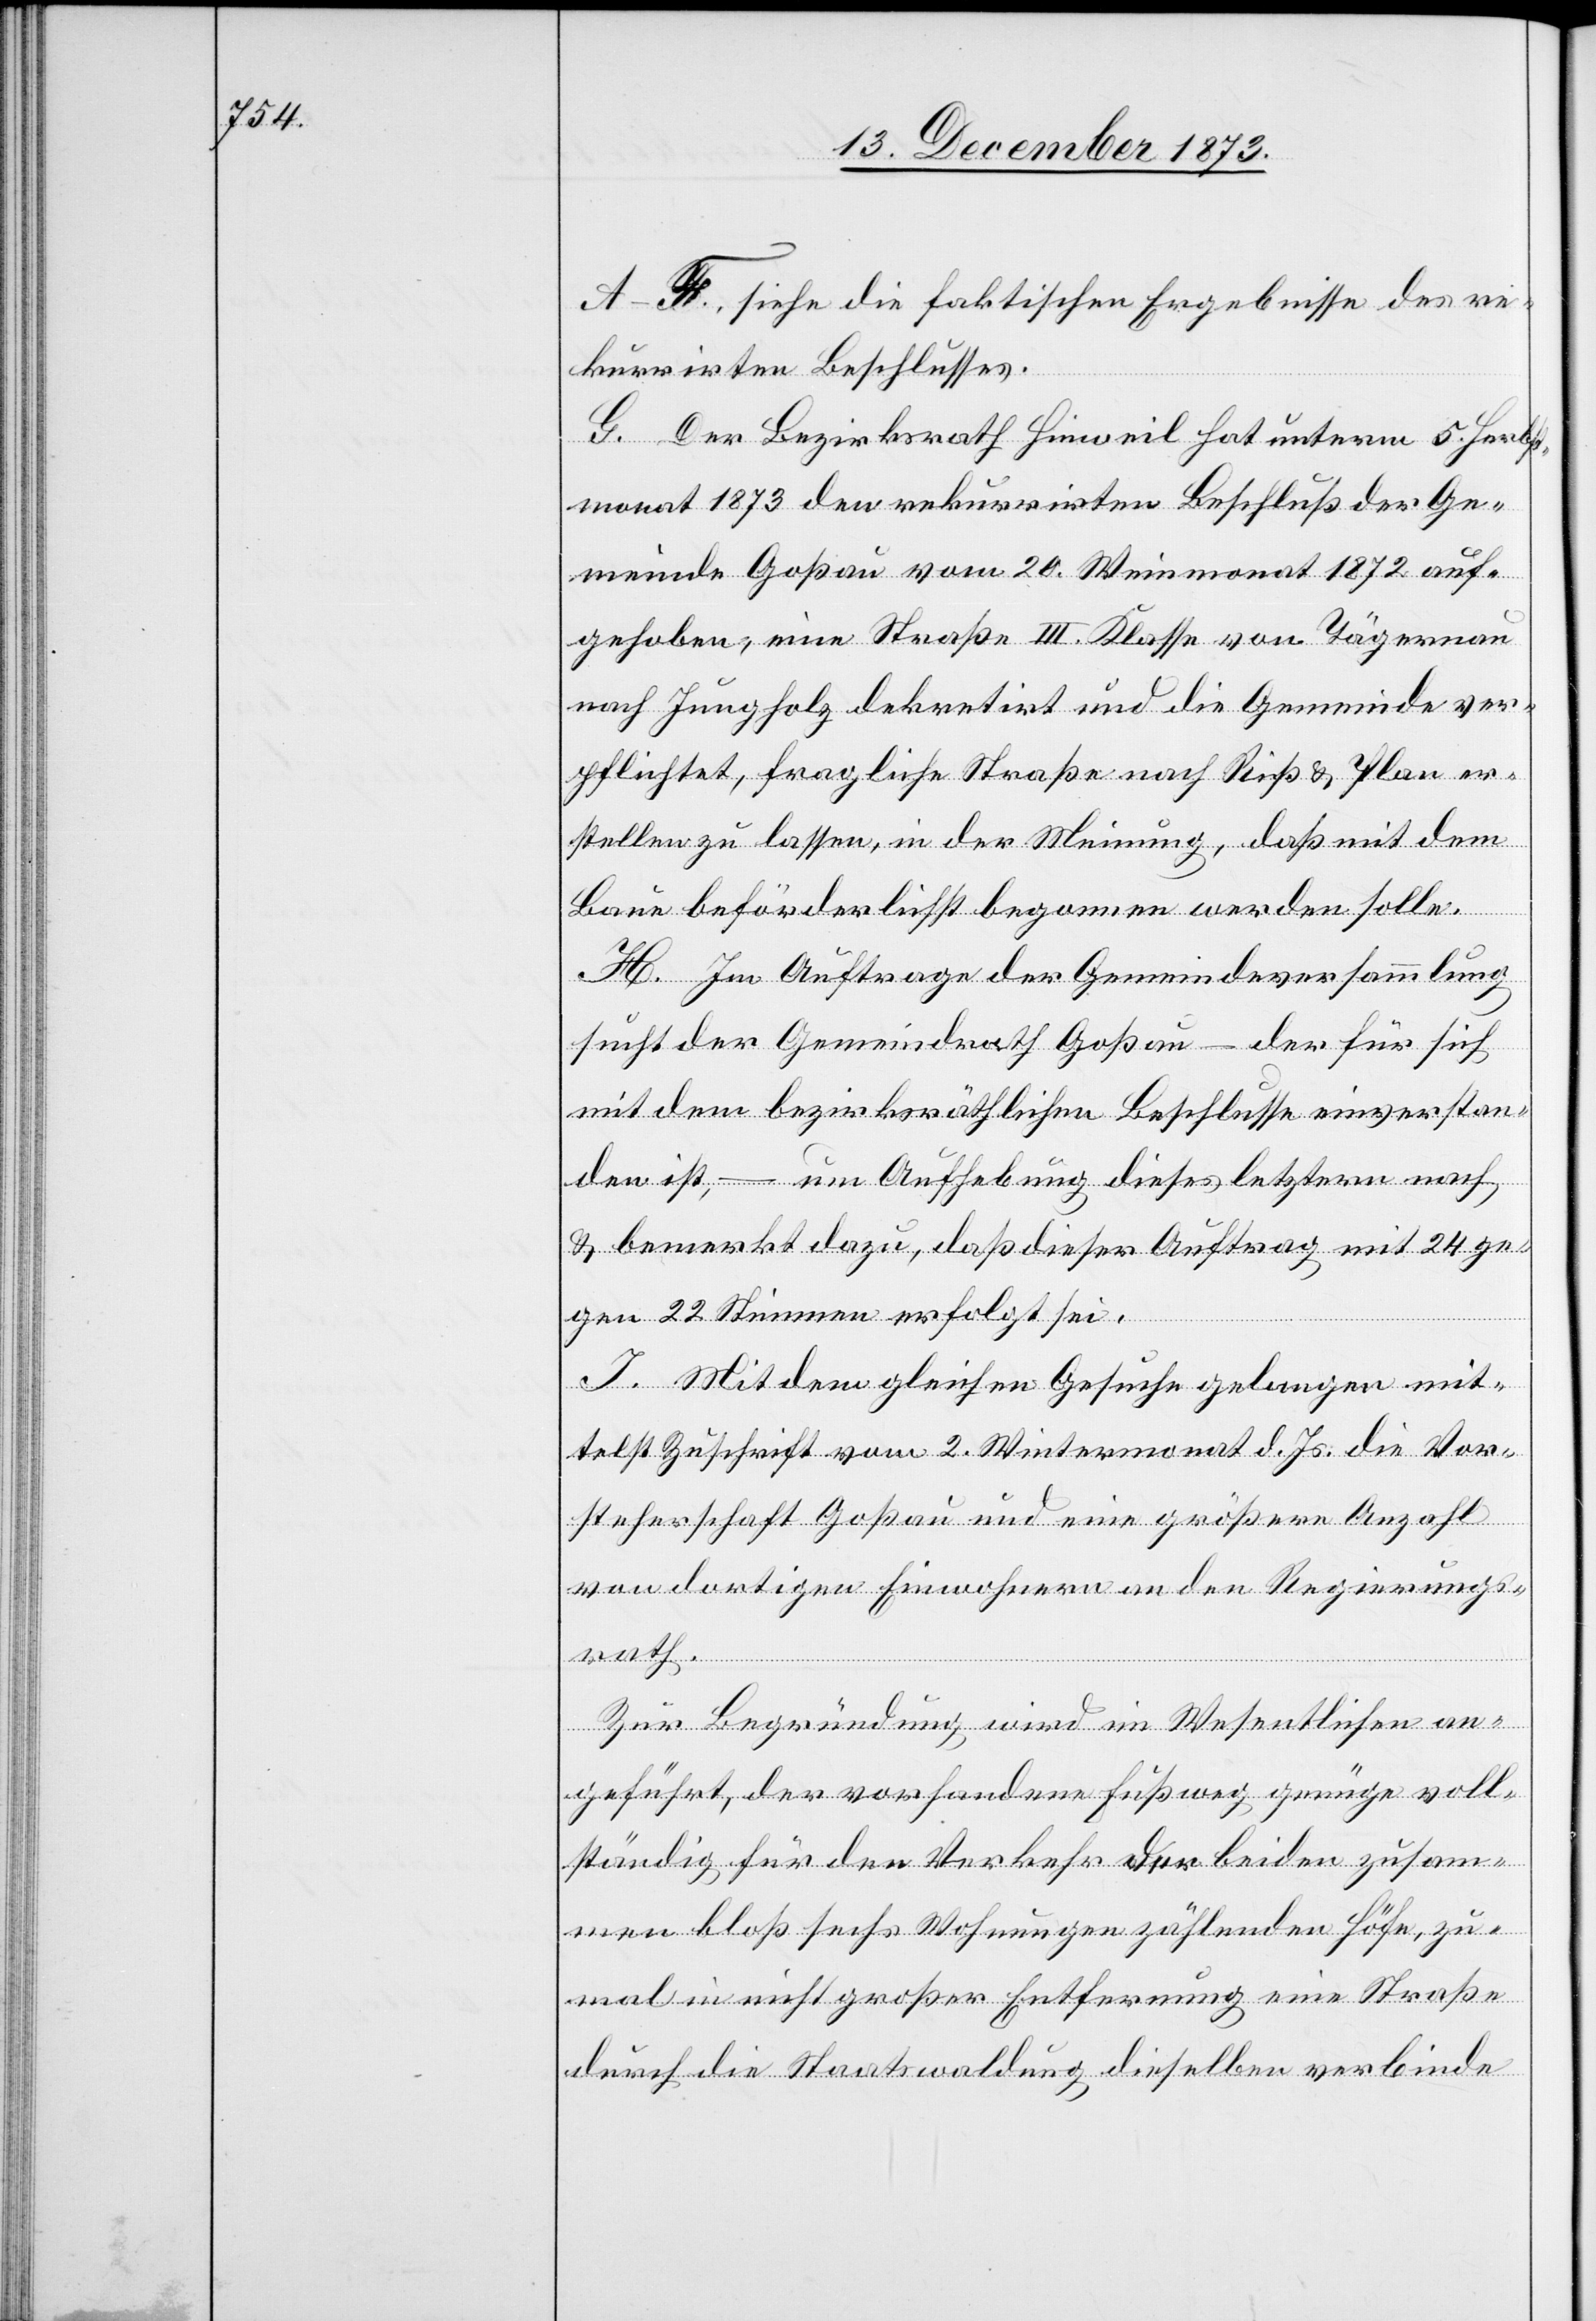
ath.

A–F., siehe die faktischen Ergebnisse des re¬
kurrirten Beschlusses.
G. Der Bezirksrath Hinweil hat unterm 5. Herbs¬
tmonat 1873 den rekurrirten Beschluß der Ge¬
meinde Goßau vom 20. Weinmonat 1872 auf¬
gehoben, eine Straße III. Klasse von Tägernau
nach Jungholz dekretirt und die Gemeinde ver¬
pflichtet, fragliche Straße nach Riß & Plan er¬
stellen zu lassen, in der Meinung, daß mit dem
Baue beförderlichst begonnen werden solle.
H. Im Auftrage der Gemeindeversammlung
sucht der Gemeindrath Goßau – der für sich
mit dem bezirksräthlichen Beschlusse einverstan¬
den ist, – um Aufhebung dieses letztern nach
& bemerkt dazu, daß dieser Auftrag mit 24 ge¬
gen 22 Stimmen erfolgt sei.
I. Mit dem gleichen Gesuche gelangen mit¬
telst Zuschrift vom 2. Wintermonat d. Js. die Vor¬
steherschaft Goßau und eine größere Anzahl
von dortigen Einwohnern an den Regierungsr¬
Zur Begründung wird im Wesentlichen an¬
geführt, der vorhandene Fußweg genüge voll¬
ständig für den Verkehr der beiden zusam¬
men bloß sechs Wohnungen zählenden Höfe, zu¬
mal in nicht großer Entfernung eine Straße
durch die Staatswaldung dieselben verbinde